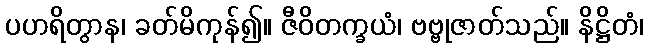
ပဟရိတွာန၊ ခတ်မိကုန်၍။ ဇီဝိတက္ခယံ၊ ဗဗ္ဗုဇာတ်သည်။ နိဋ္ဌိတံ၊